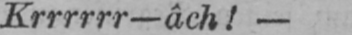
Krrrrrr-âchl!-